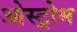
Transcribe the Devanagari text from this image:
ओस्ट्रोम